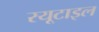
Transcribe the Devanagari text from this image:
रयूटाइल